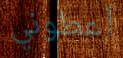
أعطوني